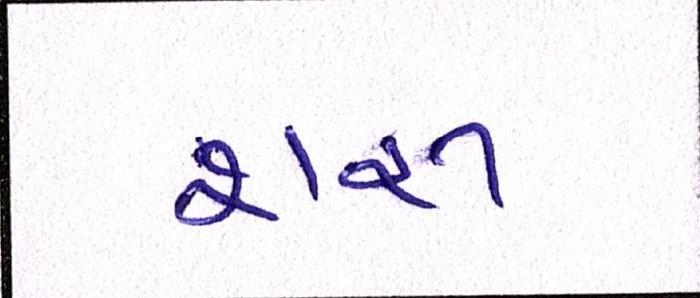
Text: શરૂ